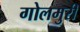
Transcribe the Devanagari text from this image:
गोलमुरी